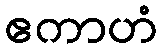
ဧကာဟံ